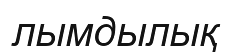
лымдылық